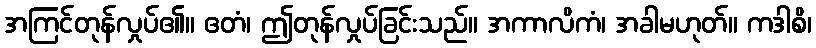
အကြင်တုန်လှုပ်၏။ ဧတံ၊ ဤတုန်လှုပ်ခြင်းသည်။ အကာလိကံ၊ အခါမဟုတ်။ ကဒါစိ၊